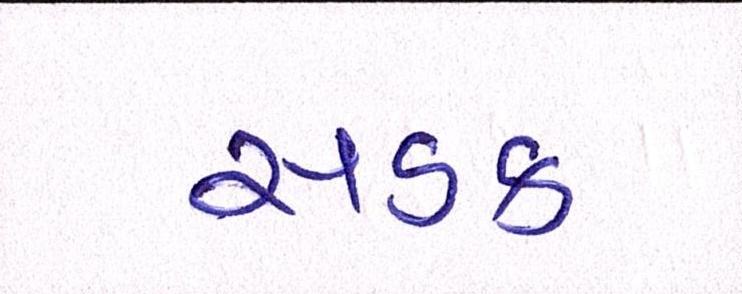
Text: સડક